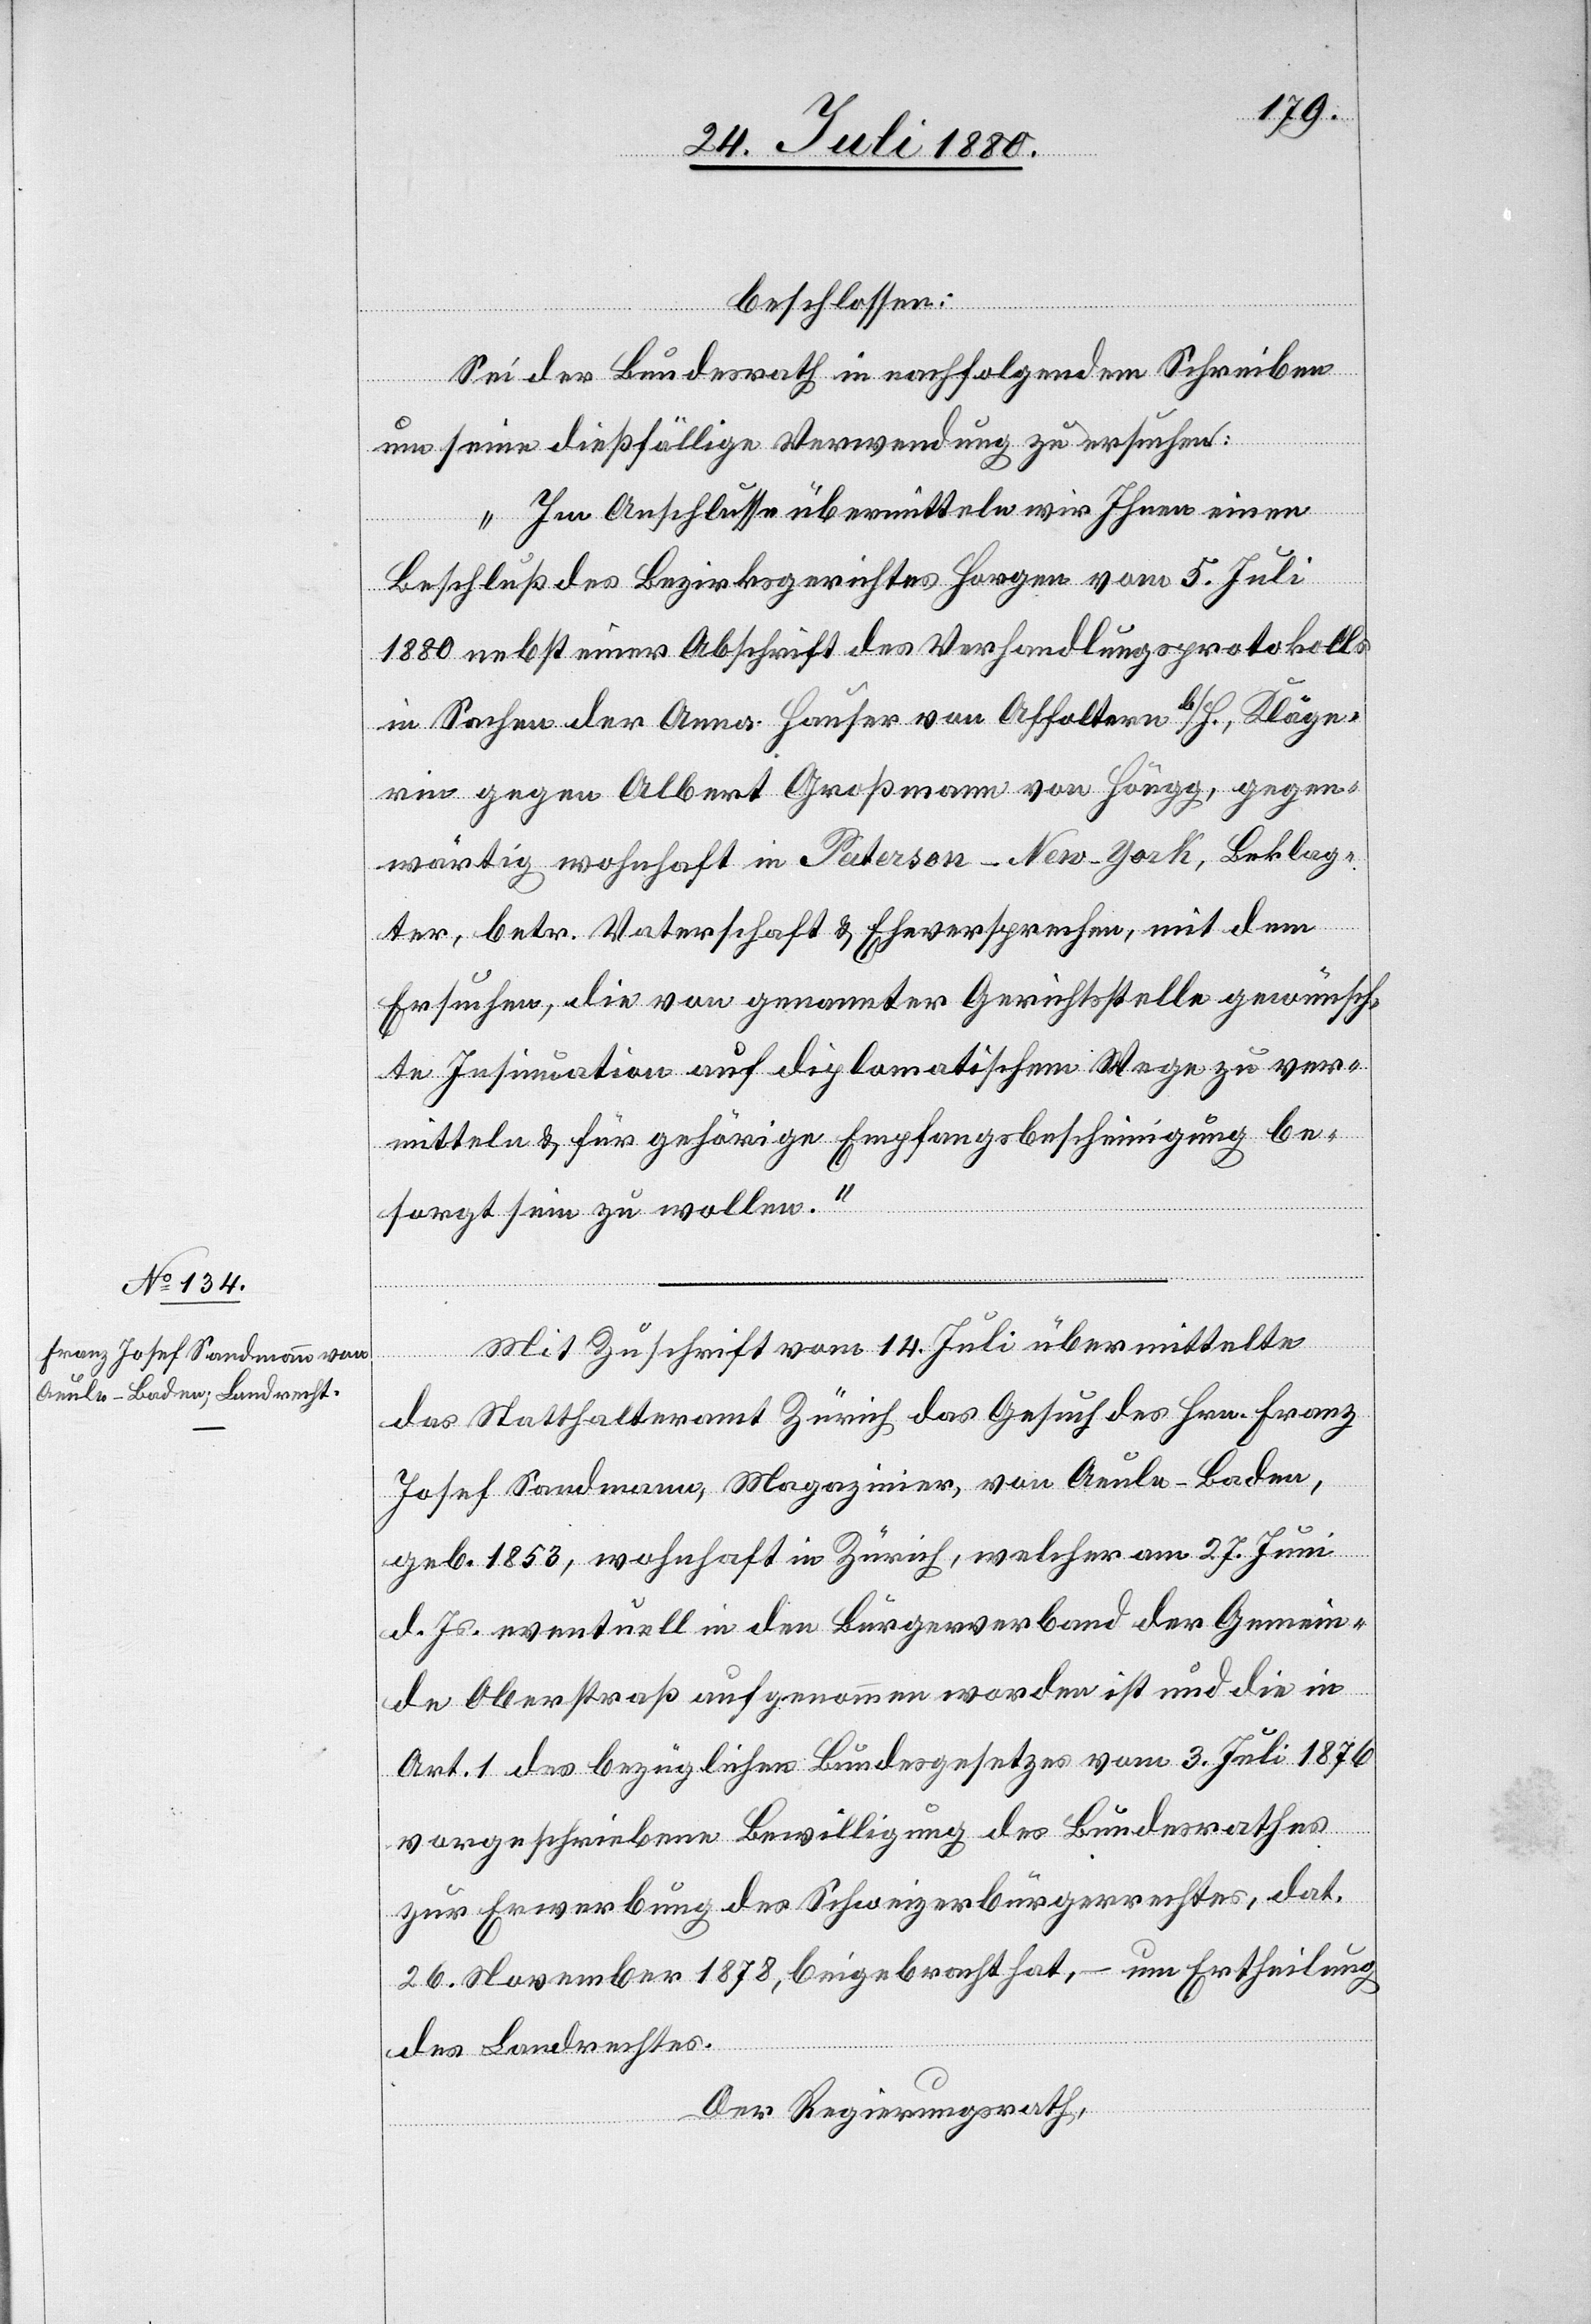
beschlossen:
Sei der Bundesrath in nachfolgendem Schreiben
um seine dießfällige Verwendung zu ersuchen:
„Im Anschlusse übermitteln wir Ihnen einen
Beschluß des Bezirksrathes Horgen vom 5. Juli
1880 nebst einer Abschrift des Verhandlungsprotokolls
in Sachen der Anna Hauser von Affoltern b/H., Kläge¬
rin gegen Albert Großmann von Höngg, gegen¬
wärtig wohnhaft in Paterson - New-York, Beklag¬
ter, betr. Vaterschaft & Eheversprechen, mit dem
Ersuchen, die von genannter Gerichtstelle gewünsch¬
te Insinuation auf diplomatischem Wege zu ver¬
mitteln & für gehörige Empfangsbescheinigung be¬
sorgt sein zu wollen.“
Mit Zuschrift vom 14. Juli übermittelte
das Statthalteramt Zürich das Gesuch des Hrn. Franz
Josef Sandmann, Magazinier, von Aeule - Baden,
geb. 1853, wohnhaft in Zürich, welcher am 27. Juni
d. Js. eventuell in den Bürgerverband der Gemein¬
de Oberstraß aufgenommen worden ist und die in
Art. 1 des bezüglichen Bundesgesetzes vom 3. Juli 1876
vorgeschriebenen Bewilligung des Bundesrathes
zur Erwerbung des Schweizerbürgerrechtes, dat.
26. November 1878, beigebracht hat, – um Ertheilung
des Landrechtes.
Der Regierungsrath,